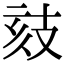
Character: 𢻉